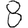
Digit: 8